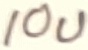
Text: 10u